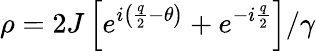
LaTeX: \rho=2J\left[e^{i\left(\frac{q}{2}-\theta\right)}+e^{-i\frac{q}{2}}\right]/\gamma